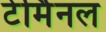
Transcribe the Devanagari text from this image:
टेर्मिनल